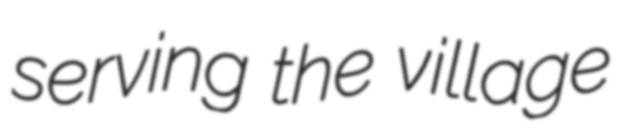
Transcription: serving the village